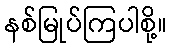
နစ်မြုပ်ကြပါစို့။